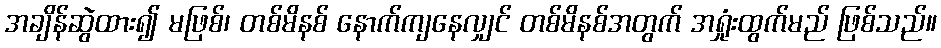
အချိန်ဆွဲထား၍ မဖြစ်၊ တစ်မိနစ် နောက်ကျနေလျှင် တစ်မိနစ်အတွက် အရှုံးထွက်မည် ဖြစ်သည်။